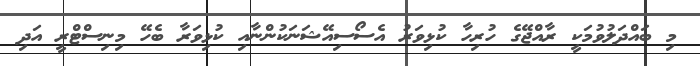
މި ބައްދަލުވުމަކީ ރާއްޖޭގެ ހުރިހާ ކުޅިވަރު އެސޯސިއޭޝަނަކުންނާއި ކުޅިވަރާ ބެހޭ މިނިސްޓްރީ އަދި